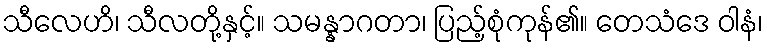
သီလေဟိ၊ သီလတို့နှင့်။ သမန္နာဂတာ၊ ပြည့်စုံကုန်၏။ တေသံဒေ ဝါနံ၊